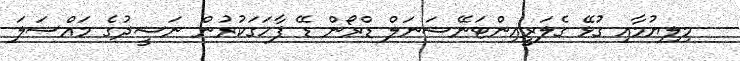
މިލިޔުމާއި ގުޅޭ ގެލަރީއިންޓަނޭޝަނަލް ޑްރޯން ޑޭ ފާހަގަކުރުން ނަޝީދުގެ މައްސަލަ